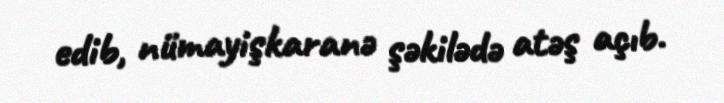
edib, nümayişkaranə şəkilədə atəş açıb.